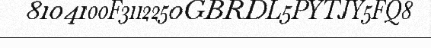
8104100F3112250GBRDL5PYTJY5FQ8